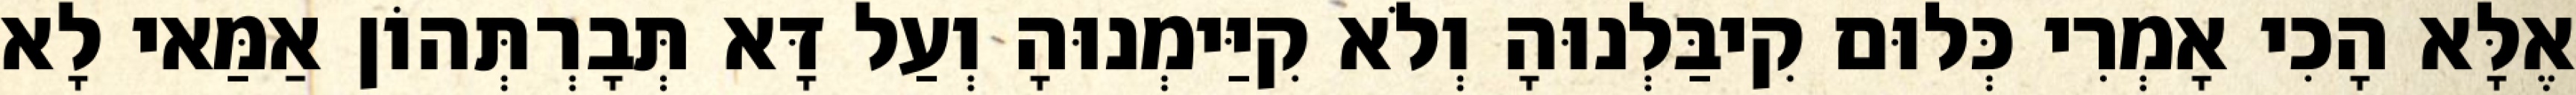
אֶלָּא הָכִי אָמְרִי כְּלוּם קִיבַּלְנוּהָ וְלֹא קִיַּימְנוּהָ וְעַל דָּא תְּבָרְתְּהוֹן אַמַּאי לָא